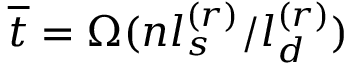
\overline { { t } } = \Omega ( n l _ { s } ^ { ( r ) } / l _ { d } ^ { ( r ) } )